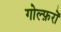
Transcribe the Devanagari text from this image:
गोल्फ़रों